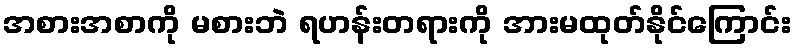
အစားအစာကို မစားဘဲ ရဟန်းတရားကို အားမထုတ်နိုင်ကြောင်း